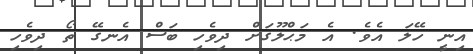
އިނީ ހޭލަ އެވެ. އެ މަޙްލޫގަށް ދިވެހި ބަސް އެނގޭ ތޯ ދިވެހި